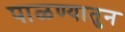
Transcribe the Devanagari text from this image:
पाळण्यातुन